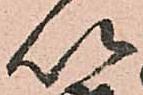
以